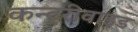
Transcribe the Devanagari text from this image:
कन्ट्रीवाइड